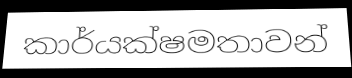
කාර්යක්ෂමතාවන්